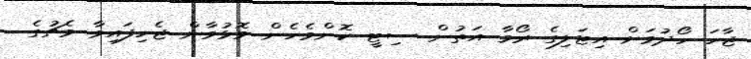
ޖާހަ ހޯދުމަށް އިޓަލިގެ ރޯމާ އަތުން ސިޓީ ކޮންމެހެން މޮޅުވާން ޖެހިފައިވާ މެޗުގެ